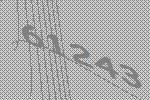
61243